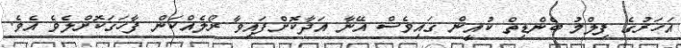
އަހަރުގެ ފިލްމު ބެންޑިތް ކުއީން ގައިވެސް އޭނާ އަދާކޮށްފައިވާ ރޯލެއްކަން ފާހަގަކޮށްލެވެ އެވެ.